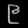
Digit: ၉